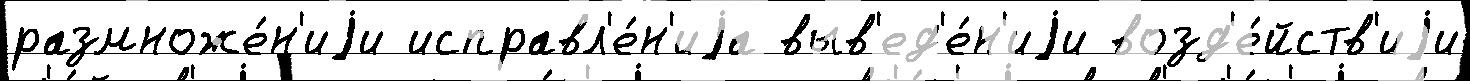
размноже́н'иjи исправл'е́н'иjа выв'ед'е́н'иjи возд'е́йств'иjи